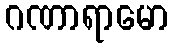
ဂဏာရာမော